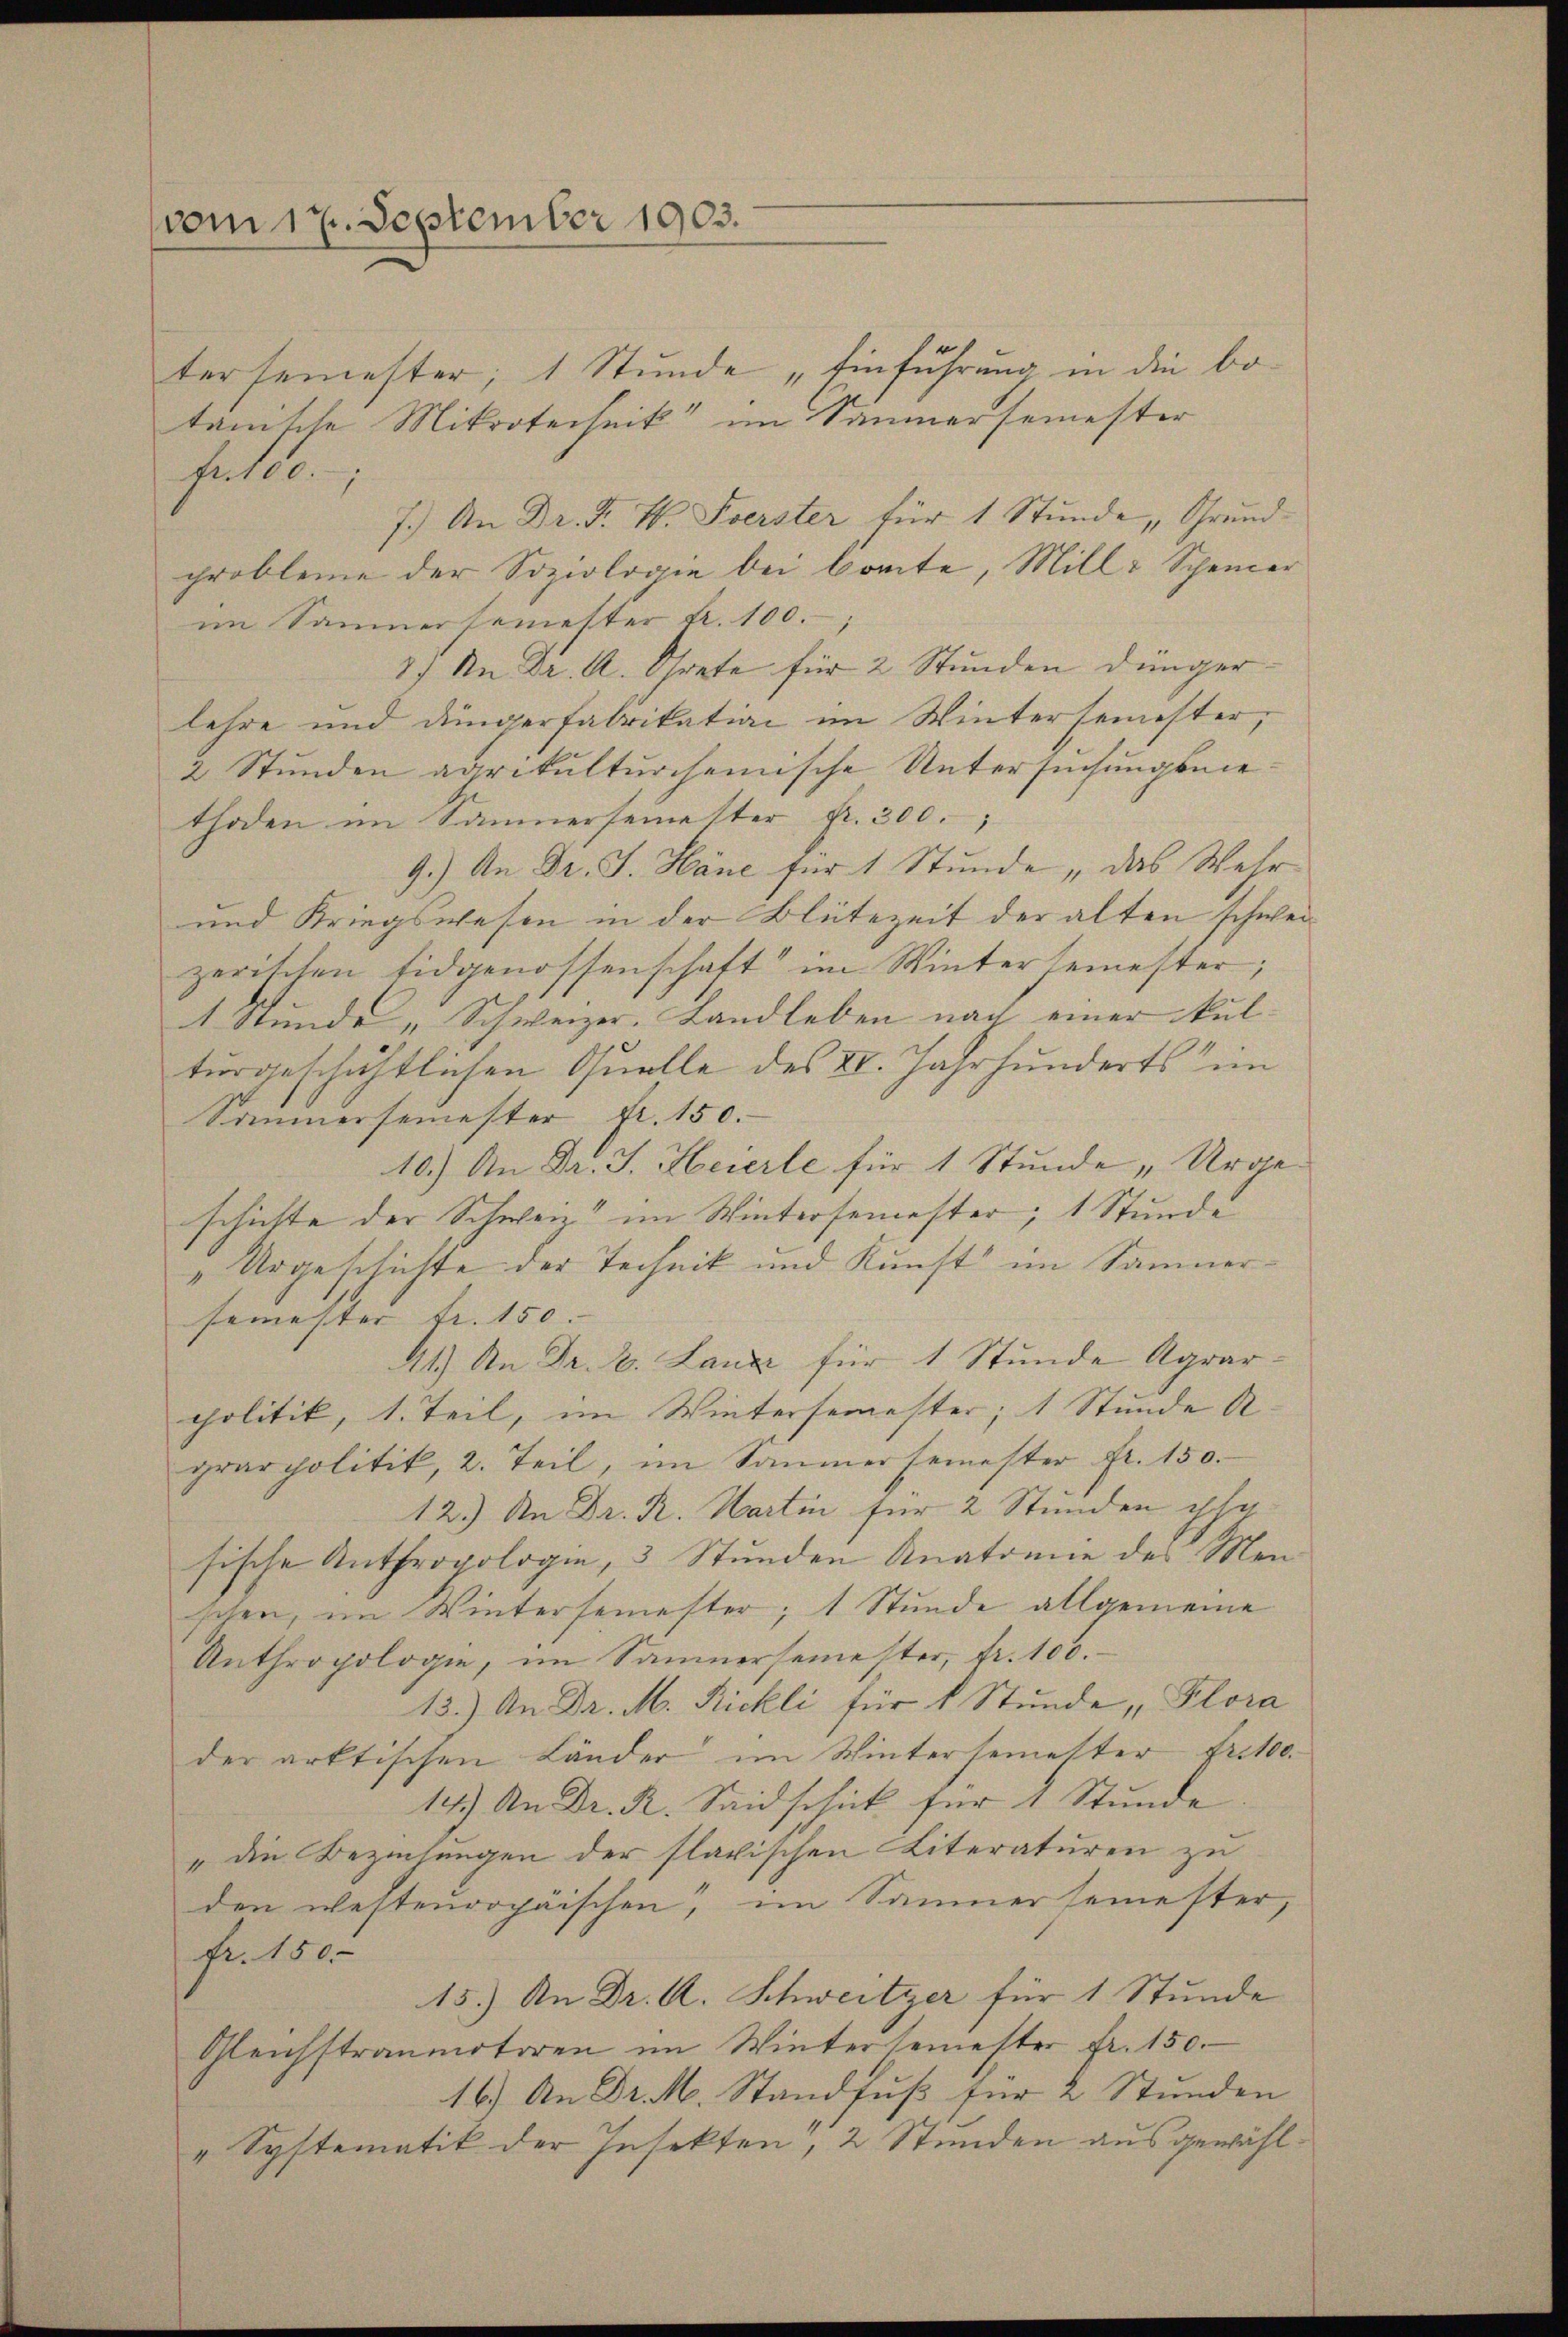
vom 17. September 1903.

tersemester, 1 Stunde „Einführung in die bo-
tamsche Mitrotechnik im Sammersemester
fatto.
7.) An Dr. F. W. Sverster für 1 Stunde, Grundprobleme der Soziologie bei breite, Mille Scheiner
im Sammersemester A. 100.,
2) An Dr. A. Grete für 2 Stunden Dünger
lehre und Düngerfabrikation im Wintersemester,
2 Stunden agrikulturchemische Untersuchungsmiethoden im Sammersemetter Fr. 300.
9.) An Dr. J. Häne für 1 Stunde „das Wehr
und Kriegswesen in der Blütezeit der alten schweizerischen Eidgenossenschaft im Wintersemester;
1 Stunde „Schweizer. Landleben nach einer kulturgeschichtlichen Quelle des IV. Jahrhunderts im
Sommersemester Fr. 150.
10.) An Dr. J. Heierle für 1 Stunde „Urge
schichte der Schweiz im Wintersemester, 1 Stunde
„Urgeschichte der Technik und Kunst im Sammersemester Fr. 150. |
41.) An Dr. B. Lanze für 1 Stunde Agrar-
politik, 1. Teil, im Wintersemester, 1 Stunde A
grar politik, 2. Teil, im Sommersemester fr. 150.
12.) An Dr. R. Hartin für 2 Stunden ihn
sische Anthropologie, 3 Stunden Anatomie des Menschen, im Wintersemester, 1 Stunde allgemeine
Anthropologie, im Sammersemester, Fr. 100.
13.) An Dr. M. Rickli für 1 Stunde Plora
der arktischen Länder im Wintersemester tritto.
14). An Dr. R. Seidschick für 1 Stunde
„die Beziehungen der slavischen Literaturen zu
den westeuropäischen, im Sammersemester,
fr. 150.
15.) An Dr. A. Schweitzer für 1 Stunde
Gleichstraumotoren im Wintersemester fr. 150.
16.) An Dr. M. Standfuß für 2 Stunden
"Systematik der Insekten, 2 Stunden ausgewähl¬